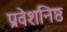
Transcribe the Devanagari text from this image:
प्रवेशनिष्ठ